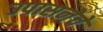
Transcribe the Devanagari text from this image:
उपासनेचे